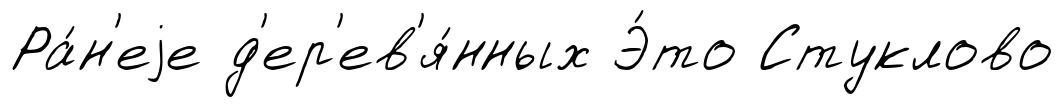
Ра́н'еjе д'ер'ев'я́нных Э́то Стуклово